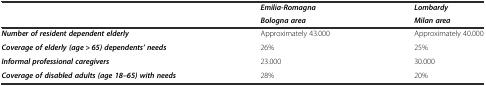
| <ROWSPAN=2>  | Emilia-Romagna | Lombardy |
 | Bologna area | Milan area |
 | --- | --- | --- |
 | Number of resident dependent elderly | Approximately 43.000 | Approximately 40.000 |
 | Coverage of elderly (age > 65) dependents’ needs | 26% | 25% |
 | Informal professional caregivers | 23.000 | 30.000 |
 | Coverage of disabled adults (age 18–65) with needs | 28% | 20% |